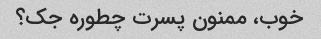
خوب، ممنون پسرت چطوره جک؟